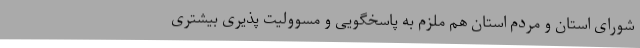
شورای استان و مردم استان هم ملزم به پاسخگویی و مسوولیت پذیری بیشتری